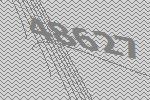
48627